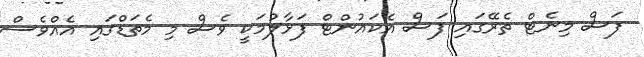
ފަސް މިނެޓް ތެރޭގައި ފަސް އެކައުންޓް ފަޅާލުމަކީ ވެސް މި މެތަޑްގައި އެއްވެސް